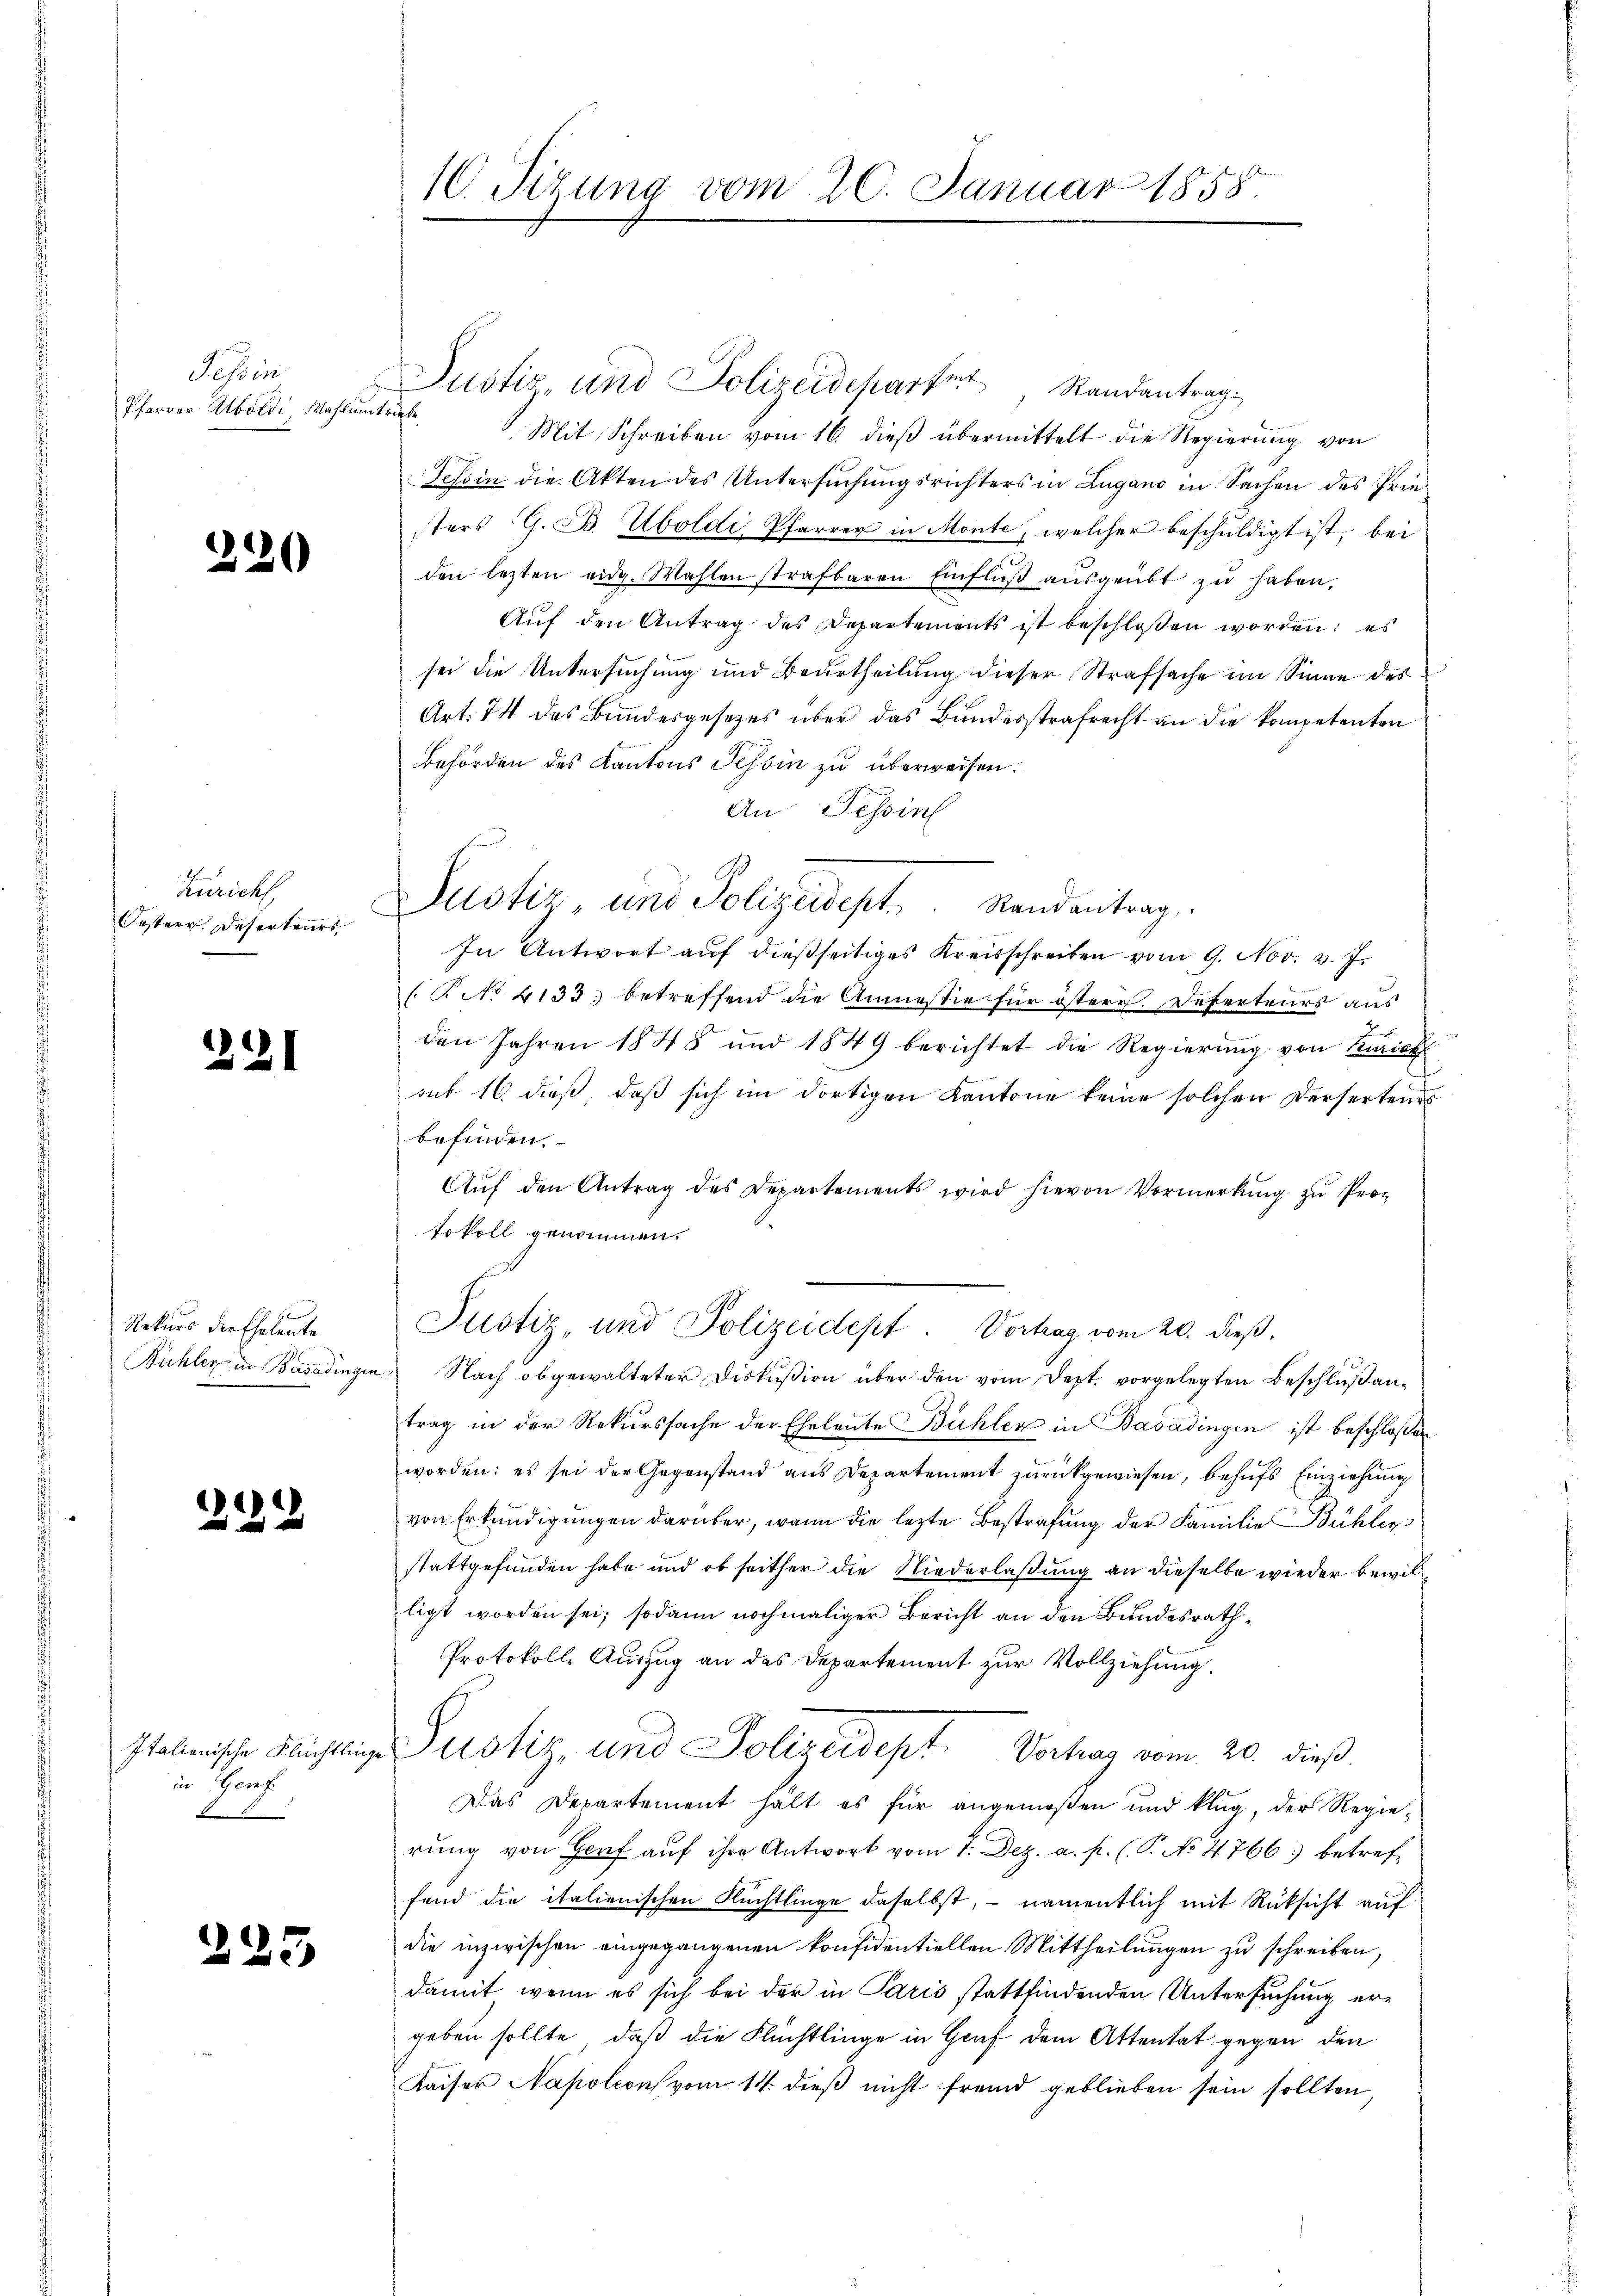
Tessin
Pfarrer Abordi Wahlin

320

Züricht
Oesterr. Deserteurs

221

Rekurs der Eheleute
Bühler in Basadinger

2122

Italienische Flüchtlin
in Part

225

10. Sizung vom 20. Januar 1858.

Justiz- und Polizeidepartet Randantrag
tritte
Mit Schreiben vom 16. dieß übermittelt die Regierung von
Tessin die Akten des Untersuchungsrichters in Lugano in Sachen des Priesters G. B. Uboldi, Pfarrer in Monte, welcher beschuldigt ist, bei
den lezten eidg. Wahlen strafbaren Einflŭβ aŭsgeübt zŭ haben.
Auf den Antrag des Departements ist beschlossen worden; es
sei die Untersuchung und Beurtheilung dieser Strafsache im Sinne des
Art. 74 des Bundesgesetzes über das Bundesstrafrecht an die kompetenten
Behörden des Kantons Tessin zu überweisen.
An Tessin
In Antwort auf dießseitiges Kreisschreiben vom 9. Nov. v. J.
 No 4133. betreffend die Anmestie für östere. Deserteurs aus
u
den Jahren 1848 und 1849 berichtet die Regierung von Kurien
sub 16. dieß, daß sich im dortigen Kantone keine solchen dersertenes
befinden.
Aŭf den Antrag des Departements wird hievon Vormerkŭng zŭ Proz
tokoll genommen.
Justiz, und Polizeidept. Vortrag vom 20. dieß.
a. Nach obgewalteter Diskußion über den vom Dezt. vorgelegten Beschluß antrag in der Rekurssache der Eheleute Bühler in Basadingen ist beschloßen
worden: es sei der Gegenstand aus Departement zurückgewiesen, behufs Einziehung
von Erkundigungen darüber, wenn die lezte Bestrafung der Familie Bühler
stattgefunden habe und ob seither die Niederlaßung an dieselbe wieder bewillligt worden sei; sodann nochmaliger Bericht an den Bundesrath¬
Protokolle Auszug an des Departement zur Vollziehung,
Justiz, und Polizeidept. Vertrag vom 20. dieß.
22.
Das Departement halt es für angemeßen und klug, der Regierŭng von Gorf auf ihre Antwort vom 7. Dez. a. p. (T. No 4766 betreffand die italienischen Flüchtlinge daselbst, - namentlich mit Rüksicht auf
die inzwischen eingegangenen konfidentiellen Mittheilungen zu schreiben,
damit wenn es sich bei der in Paris stattfindenden Untersuchung ergeben sollte, daß die Flüchtlinge in Graf dem Attentat gegen den
Kaiser Napoleon vom 14. dieß nicht fremd geblieben sein sollten,

Justiz, und Polizeidept. Randantrag